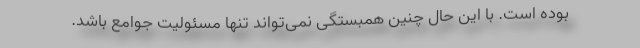
بوده است. با این ‌حال چنین همبستگی نمی‌تواند تنها مسئولیت جوامع باشد.